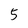
Character: 5